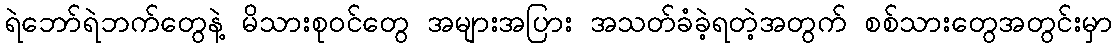
ရဲဘော်ရဲဘက်တွေနဲ့ မိသားစုဝင်တွေ အများအပြား အသတ်ခံခဲ့ရတဲ့အတွက် စစ်သားတွေအတွင်းမှာ